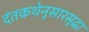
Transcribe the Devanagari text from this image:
दंतकथेनुसारसुद्धा